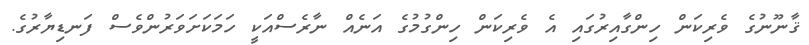
ޤާނޫނުގެ ވެރިކަން ހިންގާއިރުގައި އެ ވެރިކަން ހިންގުމުގެ އަނެއް ނާރެސްއަކީ ހަމަކަށަވަރުންވެސް ފަނޑިޔާރުގެ.